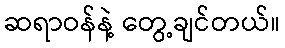
ဆရာဝန်နဲ့ တွေ့ချင်တယ်။